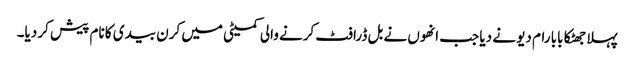
پہلا جھٹکا بابا رام دیو نے دیا جب انھوں نے بل ڈرافٹ کرنے والی کمیٹی میں کرن بیدی کا نام پیش کر دیا۔